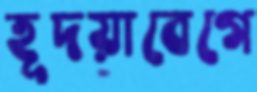
হূদয়াবেগে